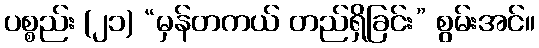
ပစ္စည်း (၂၁) “မှန်တကယ် တည်ရှိခြင်း” စွမ်းအင်။